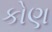
કોણ